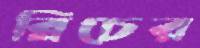
ব্লিচের